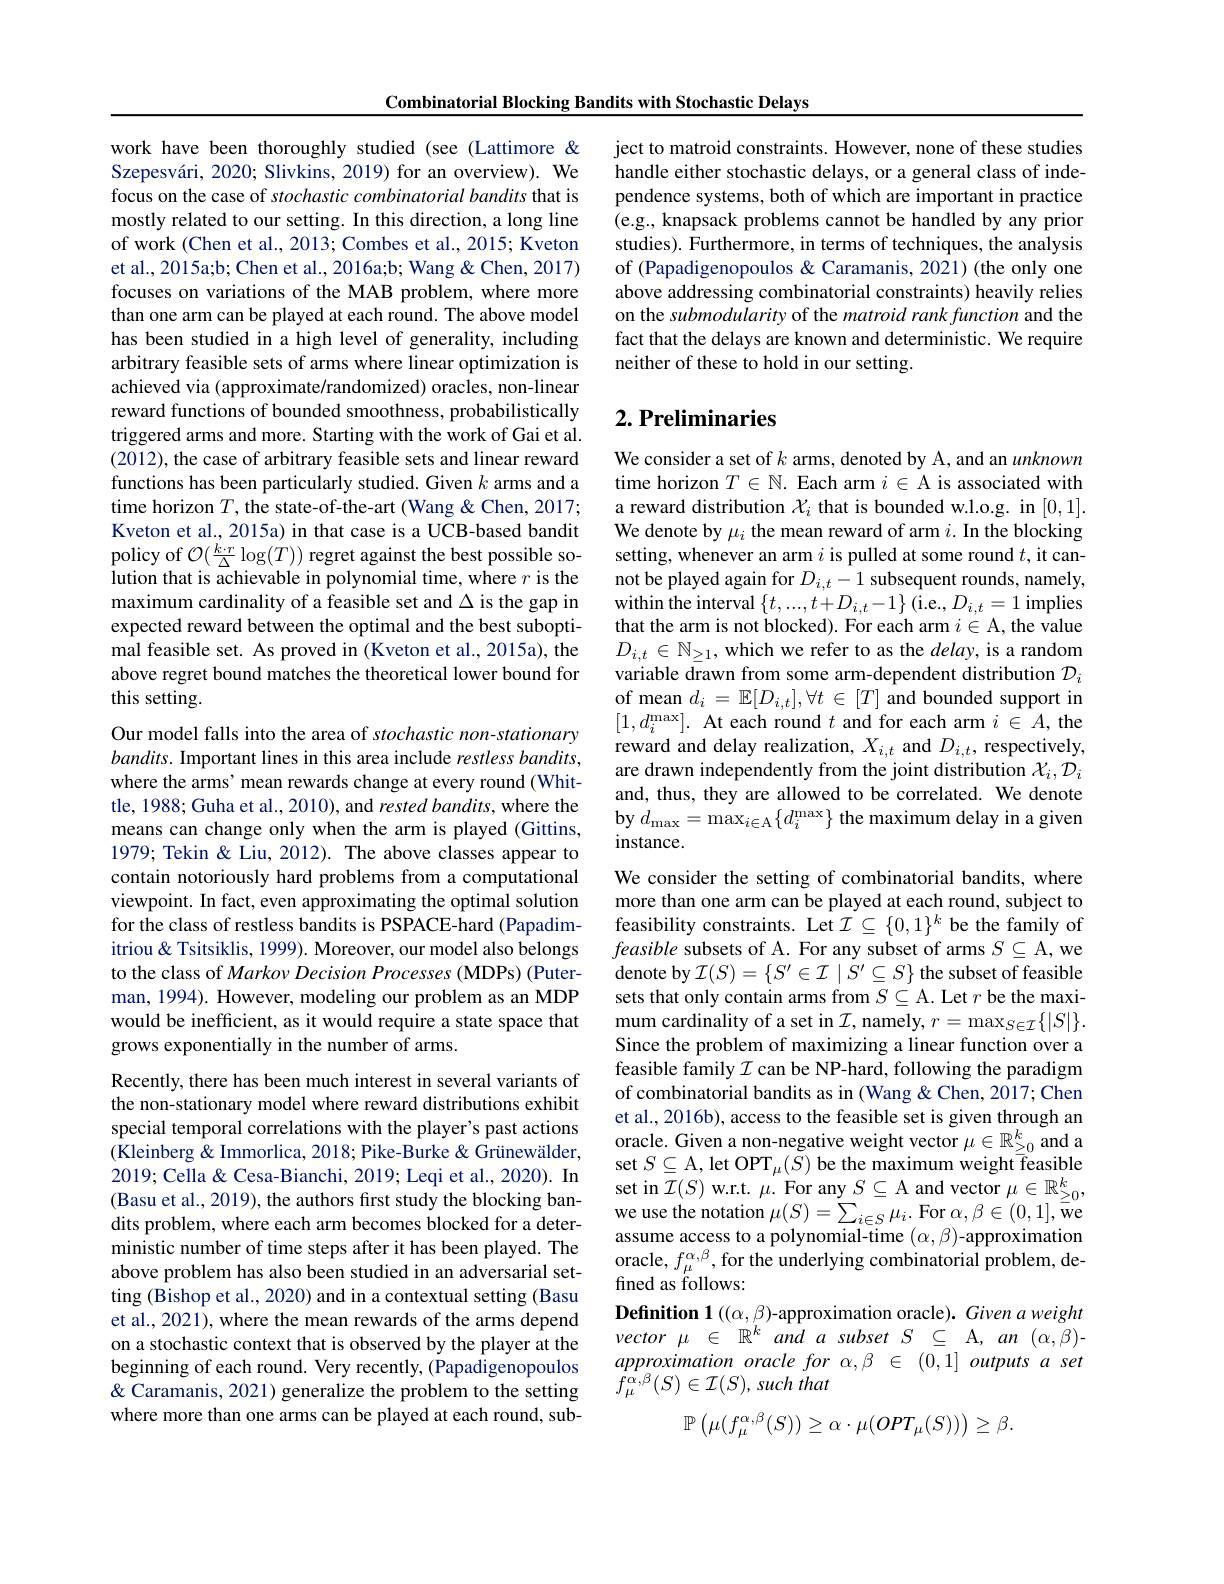
work have been thoroughly studied (see (Lattimore & Szepesvári, 2020; Slivkins, 2019) for an overview). We focus on the case of stochastic combinatorial bandits that is mostly related to our setting. In this direction, a long line of work (Chen et al., 2013; Combes et al., 2015; Kveton et al., 2015a;b; Chen et al., 2016a;b; Wang & Chen, 2017) focuses on variations of the MAB problem, where more than one arm can be played at each round. The above model has been studied in a high level of generality, including arbitrary feasible sets of arms where linear optimization is achieved via (approximate/randomized) oracles, non-linear reward functions of bounded smoothness, probabilistically triggered arms and more. Starting with the work of Gai et al. (2012), the case of arbitrary feasible sets and linear reward functions has been particularly studied. Given $k$ arms and a time horizon $T$, the state-of-the-art (Wang&Chen, 2017; Kveton et al., 2015a) in that case is a UCB-based bandit policy of $\mathcal{O}(\frac{k\cdot r}{\Delta}\log(T))$ regret against the best possible solution that is achievable in polynomial time, where $r$ is the maximum cardinality of a feasible set and $\Delta$ is the gap in expected reward between the optimal and the best suboptimal feasible set. As proved in (Kveton et al., 2015a), the above regret bound matches the theoretical lower bound for this setting.
Our model falls into the area of stochastic non-stationary

Combinatorial Blocking Bandits with Stochastic Delays
$bandits.$ Important lines in this area include restless bandits, where the arms' mean rewards change at every round (Whittle, 1988; Guha et al., 2010), and rested bandits, where the means can change only when the arm is played (Gittins, 1979; Tekin & Liu, 2012). The above classes appear to contain notoriously hard problems from a computational viewpoint. In fact, even approximating the optimal solution for the class of restless bandits is PSPACE-hard (Papadimitriou& Tsitsiklis, 1999). Moreover, our model also belongs to the class of Markov Decision Processes (MDPs) (Puterman, 1994). However, modeling our problem as an MDP would be inefficient, as it would require a state space that grows exponentially in the number of arms.
Recently, there has been much interest in several variants of the non-stationary model where reward distributions exhibit special temporal correlations with the player's past actions $\hat{(\text{Kleinberg }\hat{\&}}$ Immorlica, 2018; Pike-Burke & Grünewälder, $\begin{aligned}&\text{Theliontelg }a\text{Thilonilea, 2018, TRe-Buike }&\text{Grlewaluel,}&\text{set }S\subseteq\mathcal{A},\text{let OPT}_{\mu}(S)\text{ be the maximum weight feasible}\\&\text{2019; Cella }\&\text{ Cesa-Bianchi, 2019; Leqi et al.},2020).\text{ In}&\text{set }S\subseteq\mathcal{A},\text{let OPT}_{\mu}(S)\text{ be the maximum weight ffeasible}\\&\end{aligned}$
dits problem, where each arm becomes blocked for a deterministic number of time steps after it has been played. The above problem has also been studied in an adversarial setting (Bishop et al., 2020) and in a contextual setting (Basu et al., 2021), where the mean rewards of the arms depend on a stochastic context that is observed by the player at the beginning of each round. Very recently, (Papadigenopoulos & Q Caramanis, 2021) generalize the problem to the setting where more than one arms can be played at each round, sub-

ject to matroid constraints. However, none of these studies handle either stochastic delays, or a general class of independence systems, both of which are important in practice $\dot{(\text{e.g., knapsack problems cannot be handled by any prior}}$ studies). Furthermore, in terms of techniques, the analysis of (Papadigenopoulos & Caramanis, 2021) (the only one above addressing combinatorial constraints) heavily relies on the submodularity of the matroid rank function and the fact that the delays are known and deterministic. We require neither of these to hold in our setting.

## $2. \textbf{ Preliminaries}$

We consider a set of $k$ arms, denoted by A, and an unknown time horizon $T\in\mathbb{N}.$ Each arm $i\in\mathcal{A}$ is associated with a reward distribution $\mathcal{X}_i$ that is bounded w.l.o.g. in [0,1]. We denote by $\mu_i$ the mean reward of arm $i.$ In the blocking setting, whenever an arm $i$ is pulled at some round $t$, it cannot be played again for $D_{i,t}-1$ subsequent rounds, namely, within the interval $\{t,...,t+D_{i,t}-1\}$ (i.e., $D_i,t=1$ implies that the arm is not blocked). For each arm $i\in\mathcal{A}$, the value $D_{i,t}\in\mathbb{N}_{\geq1}$, which we refer to as the $delay$, is a random variable drawn from some arm-dependent distribution $\mathcal{D}_i$ of mean $d_i=\mathbb{E}[D_{i,t}],\forall t\in[T]$ and bounded support in $[1,d_i^{\mathrm{max}}].$ At each round $t$ and for each arm $i\in A$, the reward and delay realization, $X_{i,t}$ and $D_{i,t}$, respectively, are drawn independently from the joint distribution $\mathcal{X}_i,\mathcal{D}_i$ and, thus, they are allowed to be correlated. We denote by $d_{\mathrm{max}}=\operatorname*{max}_{i\in\mathcal{A}}\{d_{i}^{\mathrm{max}}\}$ the maximum delay in a given instance.

We consider the setting of combinatorial bandits, where more than one arm can be played at each round, subject to feasibility constraints. Let $\mathcal{I}\subseteq\{0,1\}^k$ be the family of feasible subsets of A. For any subset of arms $S\subseteq$A,we denote by $\mathcal{I}(S)=\{S^\prime\in\mathcal{I}\mid\dot{S}^{\prime}\subseteq S\}$ the subset of feasible sets that only contain arms from $S\subseteq$A. Let $r$ be the maximum cardinality of a set in $\mathcal{I}$, namely, $r=\max_S\in\mathcal{I}\{|S|\}.$ Since the problem of maximizing a linear function over a feasible family $\mathcal{I}$ can be NP-hard, following the paradigm of combinatorial bandits as in (Wang &Chen, 2017; Chen et al., 2016b), access to the feasible set is given through an oracle. Given a non-negative weight vector $\mu\in\mathbb{R}_{\geq0}^k$ and a assume access to a polynomial-time $(\alpha,\beta)$-approximation oracle, $f_\mu^{\alpha,\beta}$, for the underlying combinatorial problem, defined as follows:
Definition 1 $((\alpha,\beta)$-approximation oracle). Given a weight $vector\mu\in\mathbb{R}^{k}$ and a subset $S\subseteq$ A, an $(\alpha,\beta)-$ $approximation\textit{ oracle for }\alpha , \beta$ $\in ( 0, 1] \textit{ outputs }a\textit{ set}$ $f_{\mu }^{\alpha , \beta }( S) \in \mathcal{I} ( S) , \textit{such that}$
$$\mathbb{P}\left(\mu(f_{\mu}^{\alpha,\beta}(S))\geq\alpha\cdot\mu(OPT_{\mu}(S))\right)\geq\beta.$$